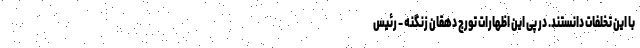
با این تخلفات دانستند. در پی این اظهارات تورج دهقان زنگنه - رئیس